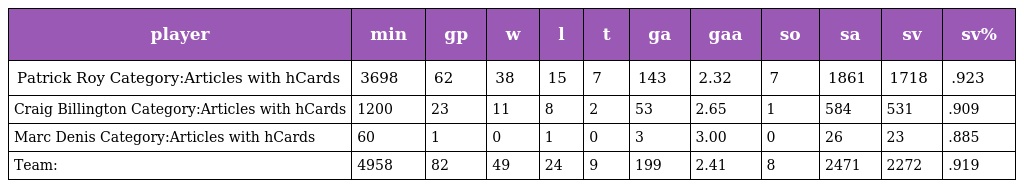
| player | min | gp | w | l | t | ga | gaa | so | sa | sv | sv% |
 | --- | --- | --- | --- | --- | --- | --- | --- | --- | --- | --- | --- |
 | Patrick Roy Category:Articles with hCards | 3698 | 62 | 38 | 15 | 7 | 143 | 2.32 | 7 | 1861 | 1718 | .923 |
 | Craig Billington Category:Articles with hCards | 1200 | 23 | 11 | 8 | 2 | 53 | 2.65 | 1 | 584 | 531 | .909 |
 | Marc Denis Category:Articles with hCards | 60 | 1 | 0 | 1 | 0 | 3 | 3.00 | 0 | 26 | 23 | .885 |
 | Team: | 4958 | 82 | 49 | 24 | 9 | 199 | 2.41 | 8 | 2471 | 2272 | .919 |